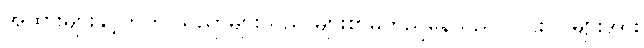
အထားများနှင့်တကွ သညာများသည် များစွာမူတည်နေသည် လင်းပိုင်များအား